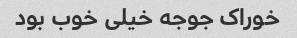
خوراک جوجه خیلی خوب بود